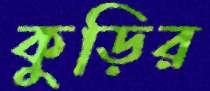
কুড়ির